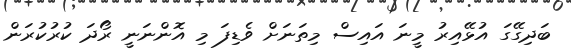
ބަދިގޭގަ އުޅޭއިރު މީނަ އައިސް މިތަނަށް ވެޑިފަ މި އޮންނަނީ ރޯދަ ކުރުކުރަން